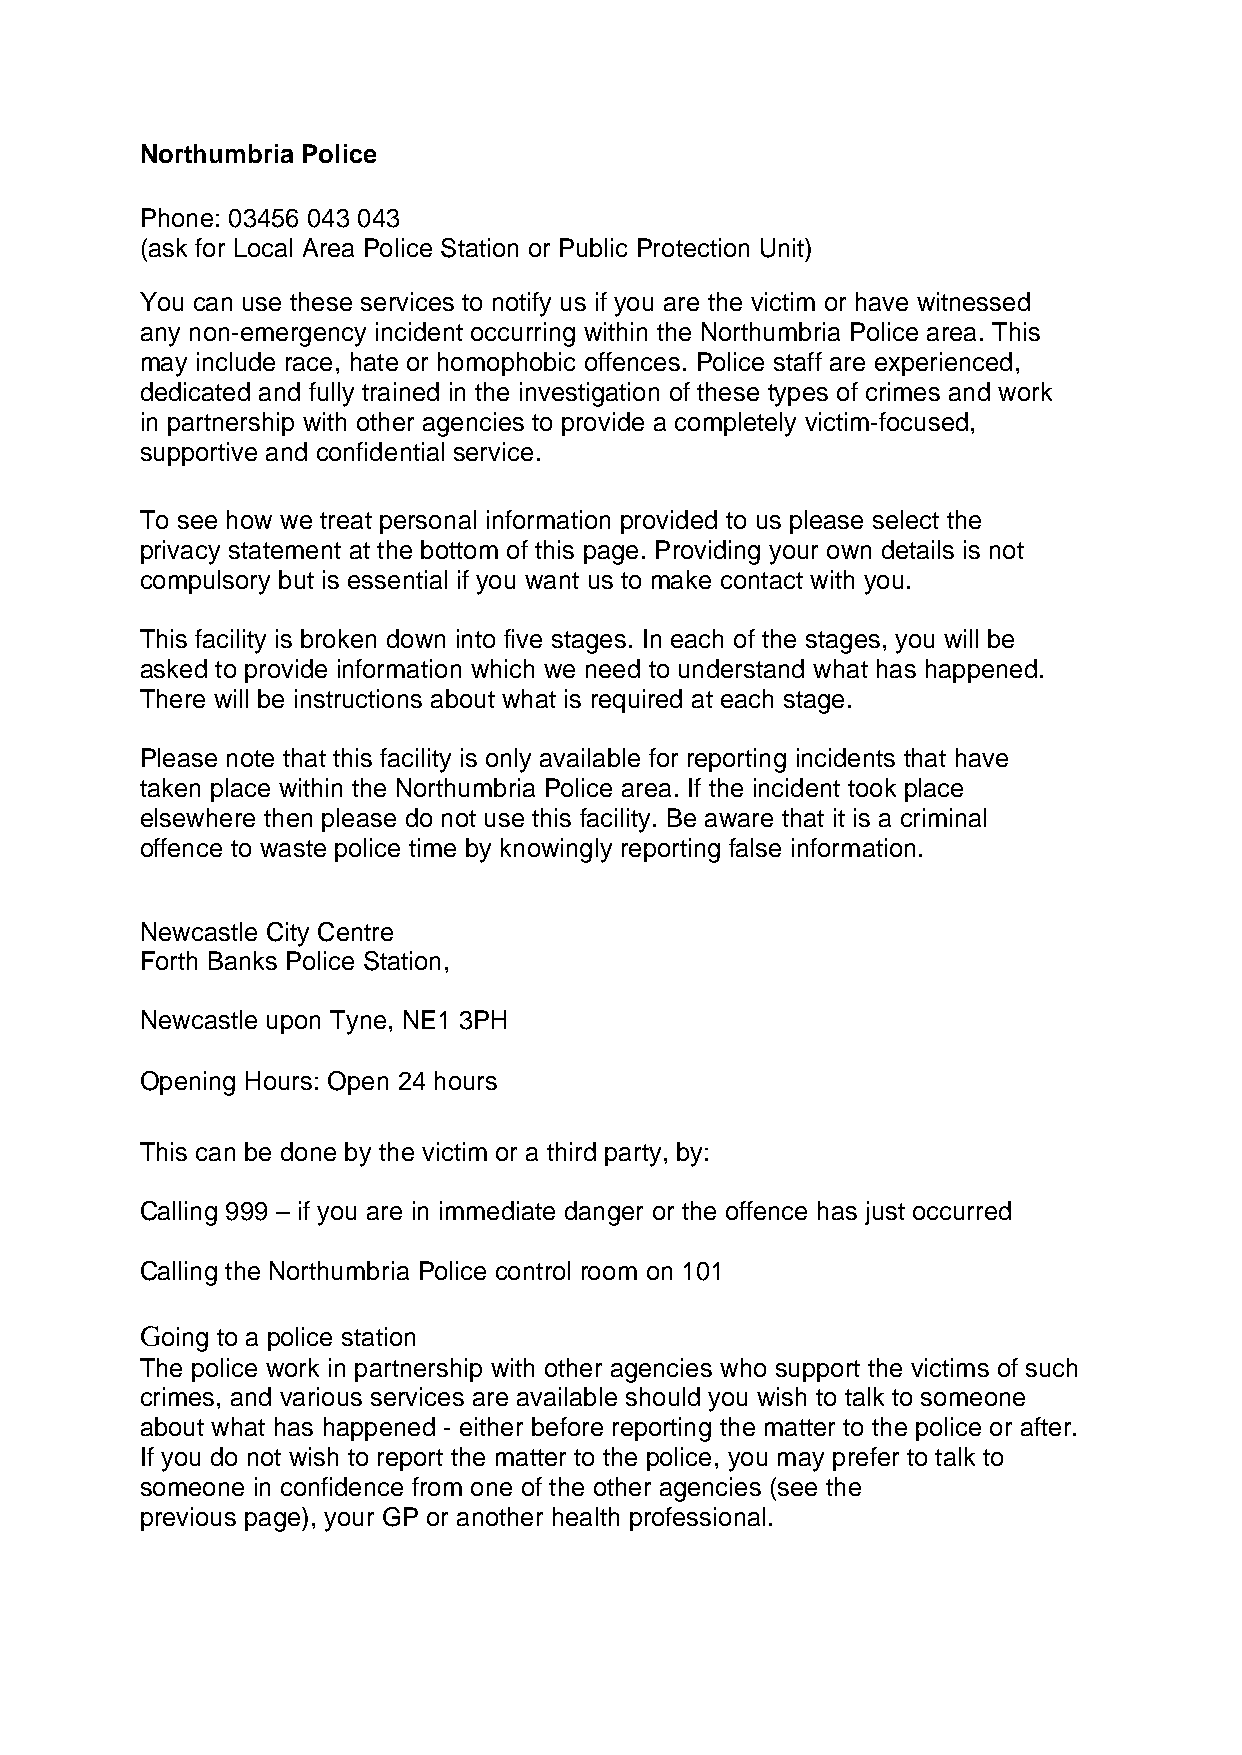
Northumbria Police
 Phone: 03456 043 043
 (ask for Local Area Police Station or Public Protection Unit)
 You can use these services to notify us if you are the victim or have witnessed
 any non-emergency incident occurring within the Northumbria Police area. This
 may include race, hate or homophobic offences. Police staff are experienced,
 dedicated and fully trained in the investigation of these types of crimes and work
 in partnership with other agencies to provide a completely victim-focused,
 supportive and confidential service.
 To see how we treat personal information provided to us please select the
 privacy statement at the bottom of this page. Providing your own details is not
 compulsory but is essential if you want us to make contact with you.
 This facility is broken down into five stages. In each of the stages, you will be
 asked to provide information which we need to understand what has happened.
 There will be instructions about what is required at each stage.
 Please note that this facility is only available for reporting incidents that have
 taken place within the Northumbria Police area. If the incident took place
 elsewhere then please do not use this facility. Be aware that it is a criminal
 offence to waste police time by knowingly reporting false information.
 Newcastle City Centre
 Forth Banks Police Station,
 Newcastle upon Tyne, NE1 3PH
 Opening Hours: Open 24 hours
 This can be done by the victim or a third party, by:
 Calling 999 – if you are in immediate danger or the offence has just occurred
 Calling the Northumbria Police control room on 101
 Going to a police station
 The police work in partnership with other agencies who support the victims of such
 crimes, and various services are available should you wish to talk to someone
 about what has happened - either before reporting the matter to the police or after.
 If you do not wish to report the matter to the police, you may prefer to talk to
 someone in confidence from one of the other agencies (see the
 previous page), your GP or another health professional.